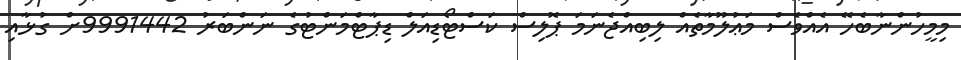
މިމީހުންނާބެހޭ އެއްވެސް މަޢުލޫމާތެއް ލިބިއްޖެނަމަ ޕޮލިސް ކަސްޓޯޑިއަލް ޑިޕާޓްމަންޓުގެ ނަންބަރު 9991442ށް ގުޅާއި